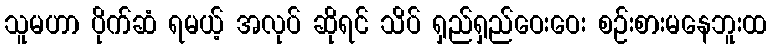
သူမဟာ ပိုက်ဆံ ရမယ့် အလုပ် ဆိုရင် သိပ် ရှည်ရှည်ဝေးဝေး စဉ်းစားမနေဘူးထ